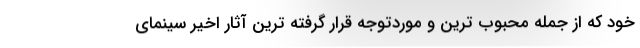
خود که از جمله محبوب ترین و موردتوجه قرار گرفته ترین آثار اخیر سینمای